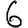
Digit: 6